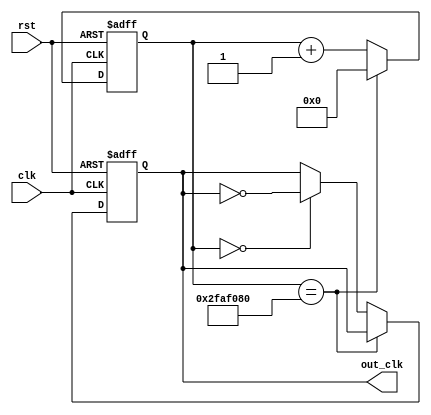
module clk_dll(rst, clk, out_clk);
  input clk, rst;

  output out_clk;

  reg out_clk;
  reg [31:0]cnt_clk;

  always@(posedge clk or negedge rst)
  begin
    if(!rst)
	begin
      out_clk = 0;
      cnt_clk = 0;
    end
    
    else
	begin  
      cnt_clk <= cnt_clk+1;

	   if(cnt_clk == 50000000)
        cnt_clk <=0;
      else if(cnt_clk==0)
        out_clk = !out_clk;

    end
    
  end    
endmodule